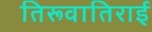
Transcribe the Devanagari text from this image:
तिरूवातिराई